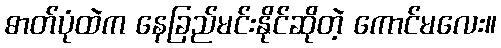
ဓာတ်ပုံထဲက နေခြည်မင်းနိုင်ဆိုတဲ့ ကောင်မလေး။